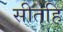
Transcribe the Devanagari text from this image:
सीतहि